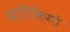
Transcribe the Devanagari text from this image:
बारिकियों